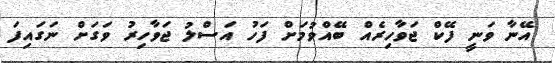
އޭނާ ވަނީ ފޭކް ޖަވާހިރެއް ބޭއްވުމަށް ފަހު އަސްލު ޖަވާހިރު ވަގަށް ނަގައިފަ